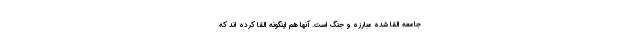
جامعه القا شده مبارزه و جنگ است. آنها هم اینگونه القا کرده اند که